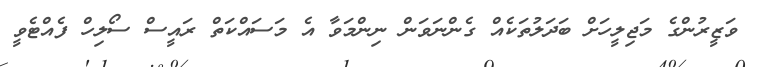
ވަޒީރުންގެ މަޖިލީހަށް ބަދަލުތަކެއް ގެންނަވަން ނިންމަވާ އެ މަސައްކަތް ރައީސް ސޯލިހް ފެއްޓެވީ